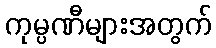
ကုမ္ပဏီများအတွက်